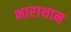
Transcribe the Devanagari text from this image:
भाराथान